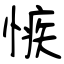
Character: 愱